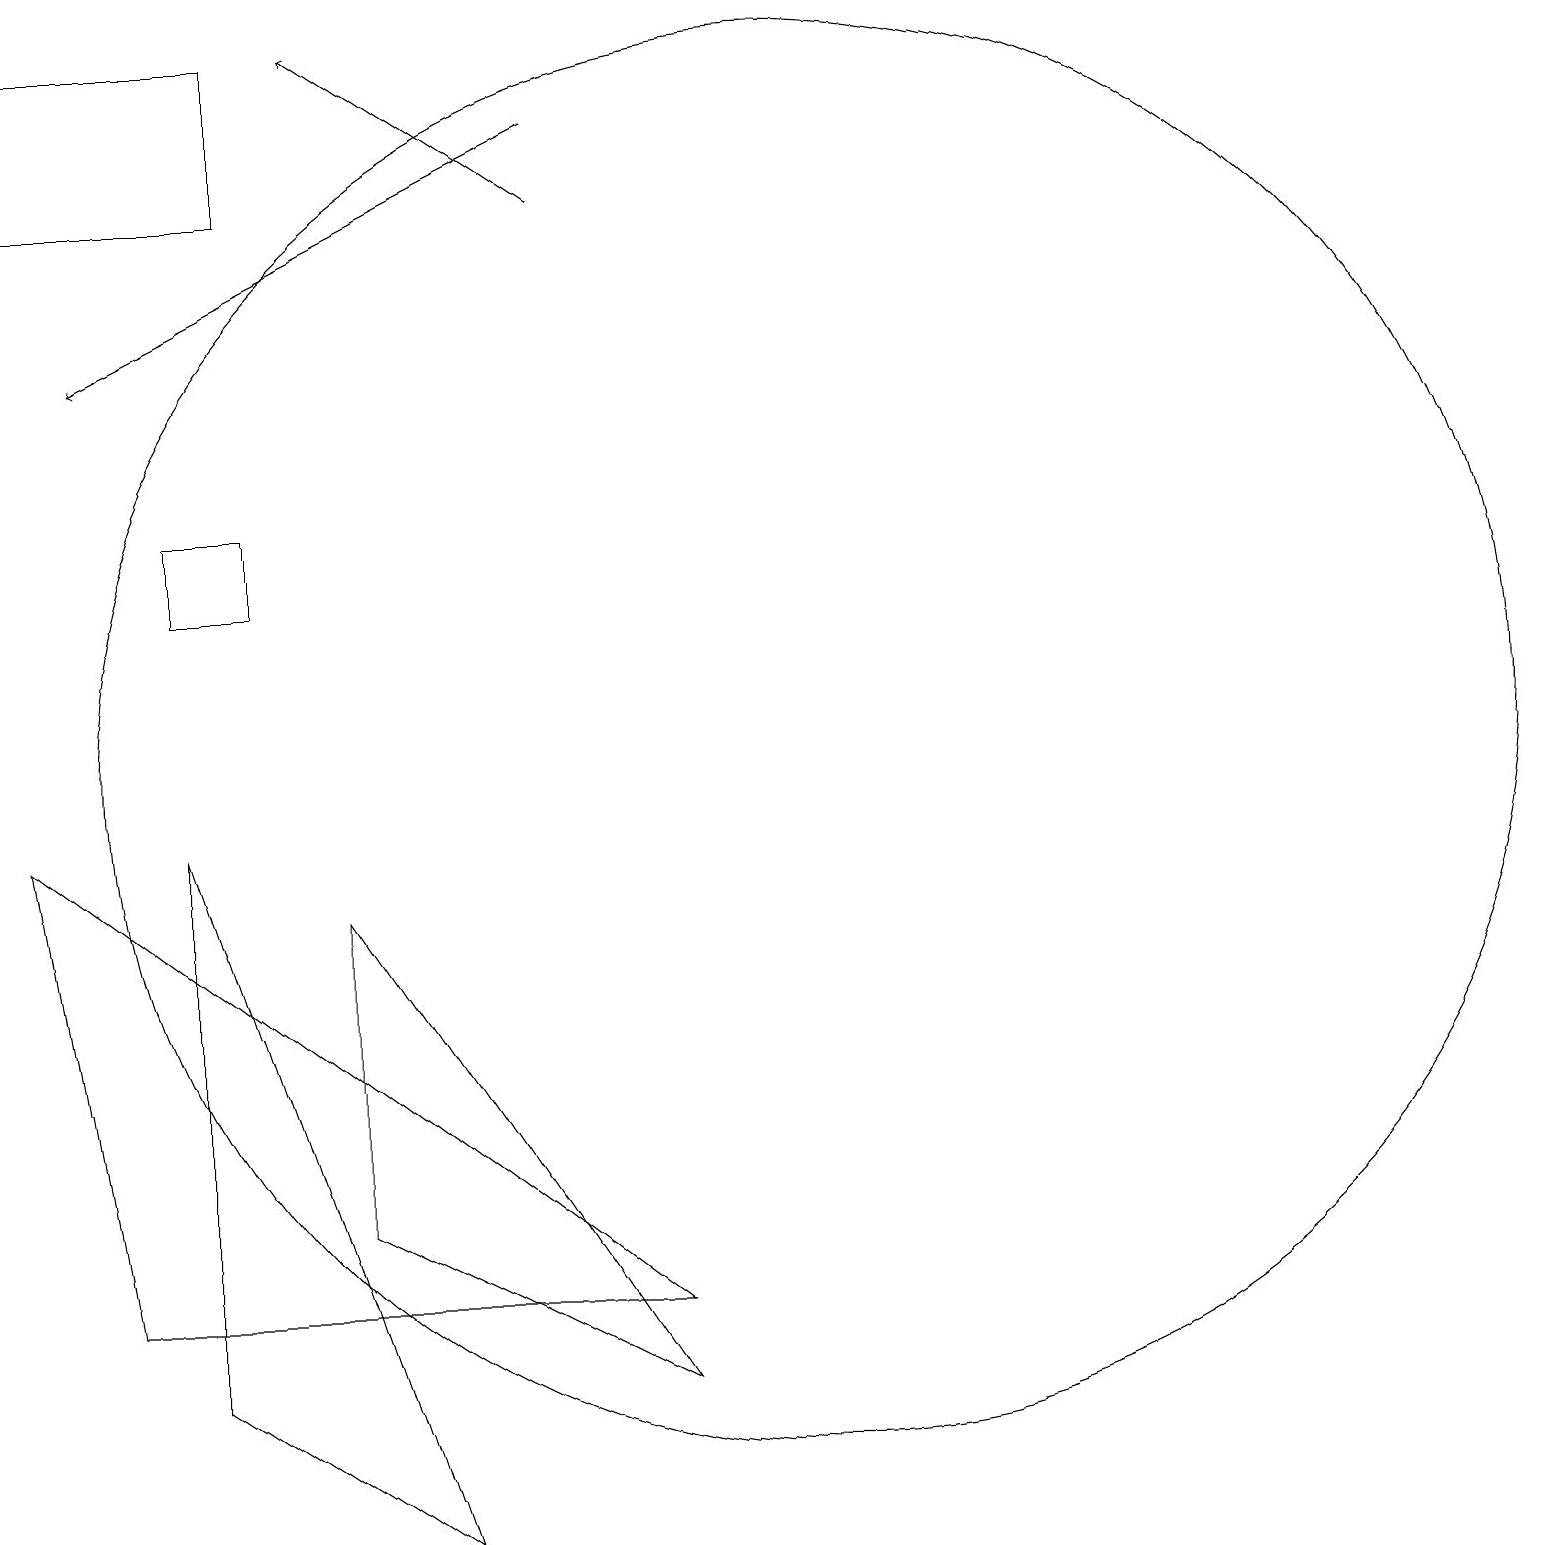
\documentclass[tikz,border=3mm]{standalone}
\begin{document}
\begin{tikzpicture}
\draw (3,2) -- (3,9) -- (6,0) -- cycle;
\draw (5,4) -- (9,2) -- (5,8) -- cycle;
\draw[->] (8,17) -- (5,19);
\draw[->] (8,18) -- (2,15);
\draw (11,10) circle (9);
\draw (1,17) rectangle (4,19);
\draw (9,3) -- (2,3) -- (1,9) -- cycle;
\draw (4,13) rectangle (3,12);
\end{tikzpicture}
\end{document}